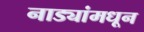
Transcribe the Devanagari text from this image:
नाड्यांमधून